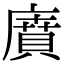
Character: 𢊱